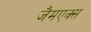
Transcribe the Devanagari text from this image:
जैमएक्स